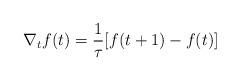
LaTeX: \begin{align*}\nabla_t f(t)=\frac{1}{\tau}[f(t+1)-f(t)]\end{align*}